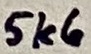
Text: 5k6